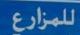
للمزارع